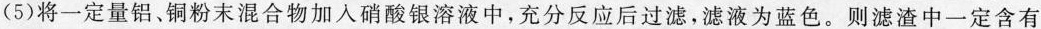
(5)将一定量铝、铜粉末混合物加入硝酸银溶液中，充分反应后过滤，滤液为蓝色。则滤渣中一定含有